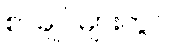
စာချုပ်များတွင်